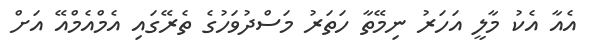
އެއާ އެކު މާލީ އަހަރު ނިމޭތާ ހަތަރު މަސްދުވަހުގެ ތެރޭގައި އެމްއެމްއޭ އަށް